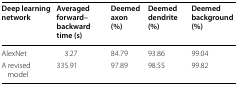
| Deep learning network | Averaged forward–backward time (s) | Deemed axon (%) | Deemed dendrite (%) | Deemed background (%) |
 | --- | --- | --- | --- | --- |
 | AlexNet | 3.27 | 84.79 | 93.86 | 99.04 |
 | A revised model | 335.91 | 97.89 | 98.55 | 99.82 |